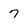
Character: 7